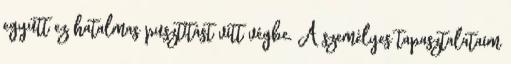
együtt ez hatalmas pusztítást vitt végbe. A személyes tapasztalataim